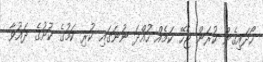
ހޯދައިގެން ކުރަން ޖެހޭ ކަމެއް ހުއްދަ ނުނަގައި ކުރި ކަމުގެ ކުށުގެ ދައުވާ